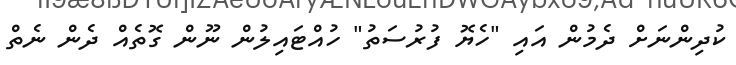
ކުދިންނަށް ދެމުން އައި "ހެޔޮ ފުރުސަތު" ހުއްޓައިލުން ނޫން ގޮތެއް ދެން ނެތް